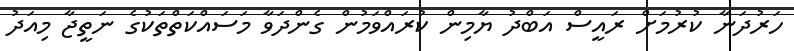
ހަރުދަނާ ކުރުމަށް ރައީސް އަބްދު ޔާމިން ކުރައްވަމުން ގެންދަވާ މަސައްކަތްތަކުގެ ނަތީޖާ މިއަދު